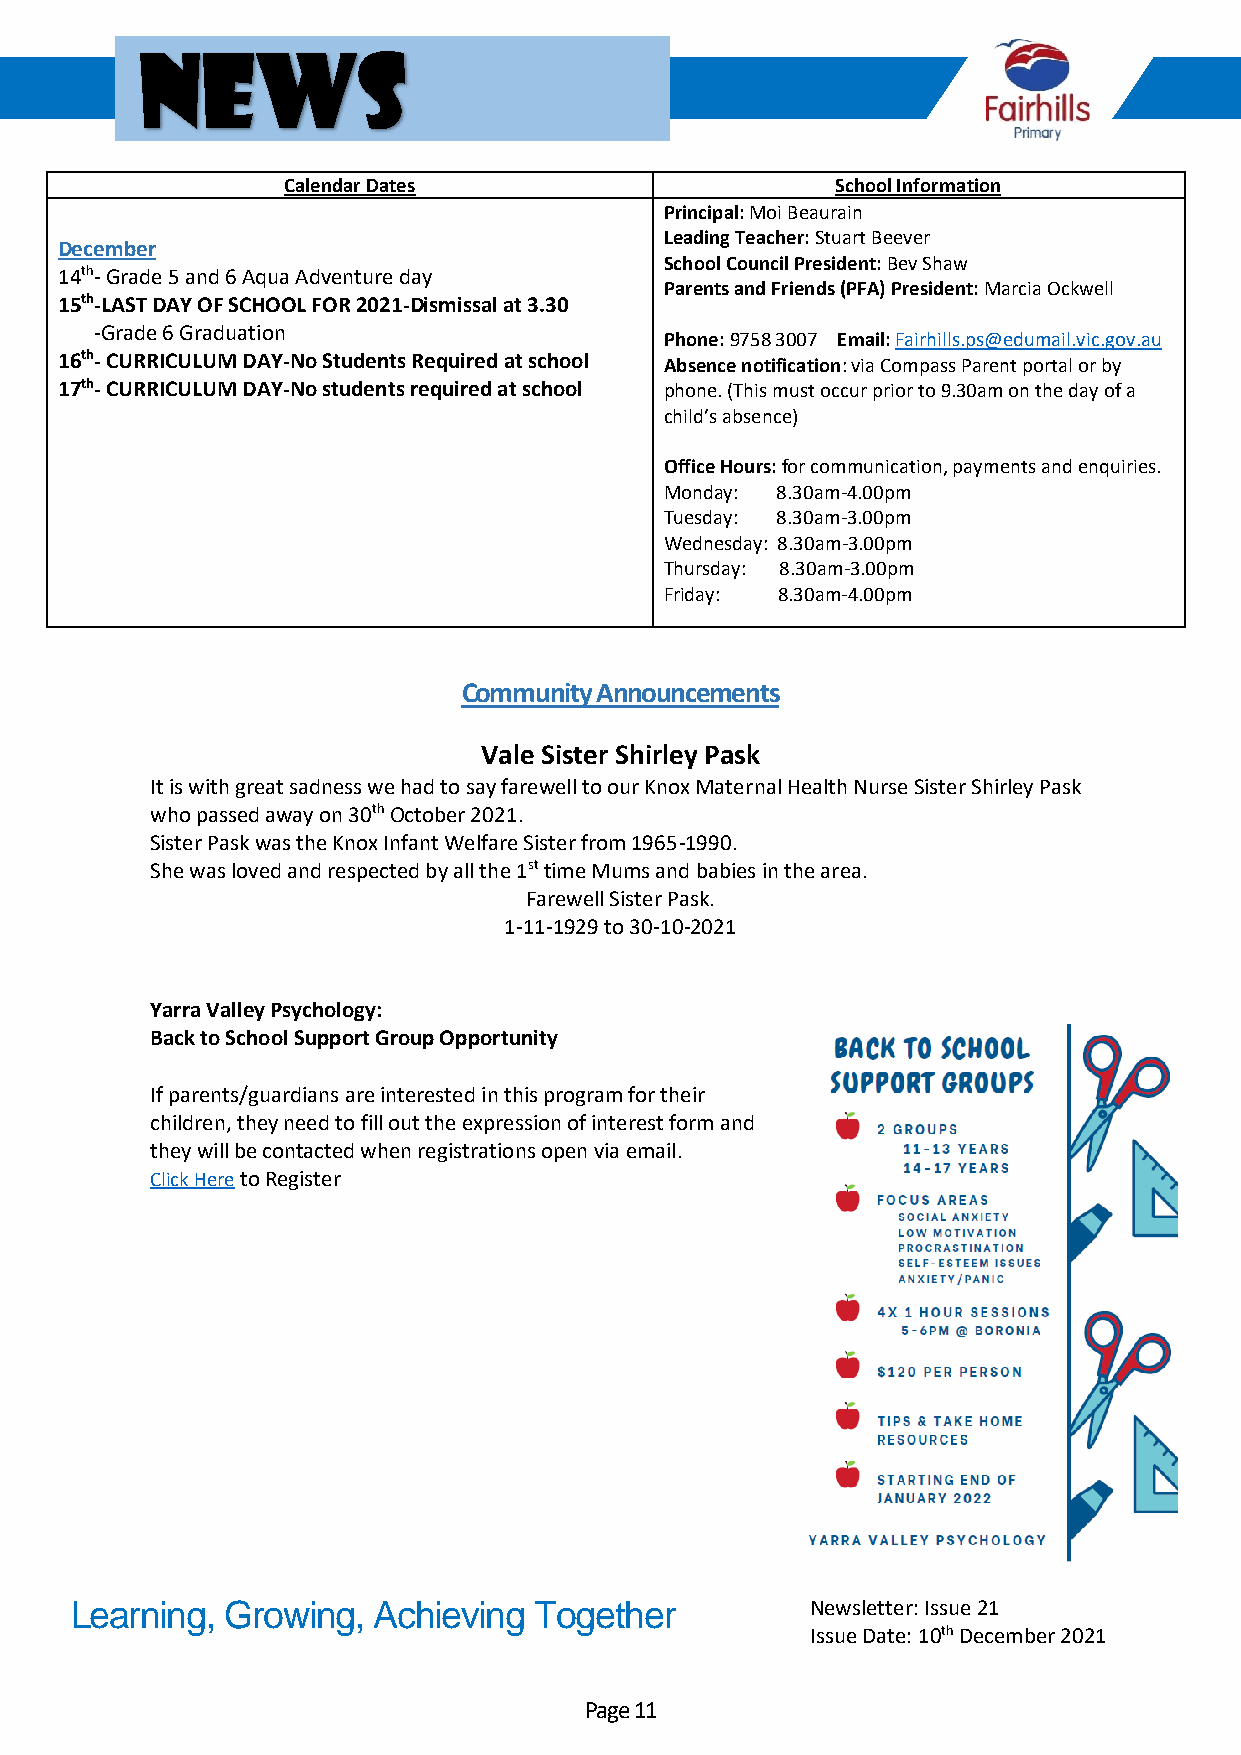
News
 Calendar Dates                      School Information
 Principal: Moi Beaurain
 Leading Teacher: Stuart Beever
 December
 School Council President: Bev Shaw
 14th- Grade 5 and 6 Aqua Adventure day
 Parents and Friends (PFA) President: Marcia Ockwell
 15th-LAST DAY OF SCHOOL FOR 2021-Dismissal at 3.30
 -Grade 6 Graduation
 Phone: 9758 3007 Email: Fairhills.ps@edumail.vic.gov.au
 16th- CURRICULUM DAY-No Students Required at school Absence notification: via Compass Parent portal or by
 17th- CURRICULUM DAY-No students required at school phone. (This must occur prior to 9.30am on the day of a
 child’s absence)
 Office Hours: for communication, payments and enquiries.
 Monday: 8.30am-4.00pm
 Tuesday: 8.30am-3.00pm
 Wednesday: 8.30am-3.00pm
 Thursday: 8.30am-3.00pm
 Friday: 8.30am-4.00pm
 Community Announcements
 Vale Sister Shirley Pask
 It is with great sadness we had to say farewell to our Knox Maternal Health Nurse Sister Shirley Pask
 who passed away on 30th October 2021.
 Sister Pask was the Knox Infant Welfare Sister from 1965-1990.
 She was loved and respected by all the 1st time Mums and babies in the area.
 Farewell Sister Pask.
 1-11-1929 to 30-10-2021
 Yarra Valley Psychology:
 Back to School Support Group Opportunity
 If parents/guardians are interested in this program for their
 children, they need to fill out the expression of interest form and
 they will be contacted when registrations open via email.
 Click Here to Register
 Learning, Growing,  Achieving Together           Newsletter: Issue 21
 Issue Date: 10th December 2021
 Page 11